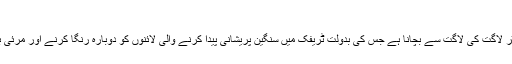
ترکی میں پہلی
اس مقصد کا مقصد تقریبا 50 فی مربع میٹر لاگت کی لاگت سے بچانا ہے جس کی بدولت ٹریفک میں سنگین پریشانی پیدا کرنے والی لائنوں کو دوبارہ رنگا کرنے اور مرئی بنانے کی بجائے دوبارہ نہیں بٹایا جاتا ہے۔